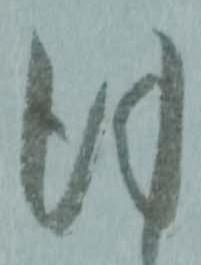
謹